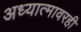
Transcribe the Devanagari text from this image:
अध्यात्मावरही